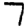
Digit: 7